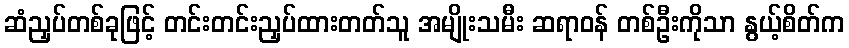
ဆံညှပ်တစ်ခုဖြင့် တင်းတင်းညှပ်ထားတတ်သူ အမျိုးသမီး ဆရာဝန် တစ်ဦးကိုသာ နွယ့်စိတ်က